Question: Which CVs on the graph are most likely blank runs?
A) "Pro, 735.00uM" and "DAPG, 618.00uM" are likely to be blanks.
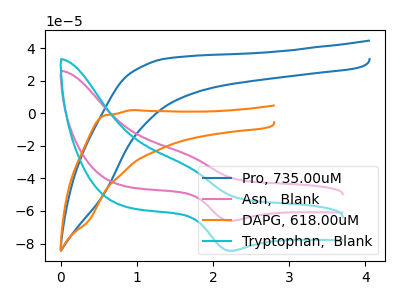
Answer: <think>The blue curve "Pro, 735.00uM" has no peaks. The pink curve "Asn,  Blank" has an anodic peak at (1.65V, -25.15uA) and a cathodic peak at (2.25V, -66.10uA). The orange curve "DAPG, 618.00uM" has no peaks. The cyan curve "Tryptophan,  Blank" has an anodic peak at (1.65V, -32.20uA) and a cathodic peak at (2.25V, -84.45uA).</think>
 <answer>A) "Pro, 735.00uM" and "DAPG, 618.00uM" are likely to be blanks.</answer>
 <eval>A</eval>